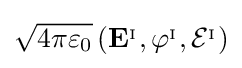
{\sqrt {4\pi \varepsilon _{0}}}\left(\mathbf {E} ^{_{\mathrm {I} }},\varphi ^{_{\mathrm {I} }},{\mathcal {E}}^{_{\mathrm {I} }}\right)